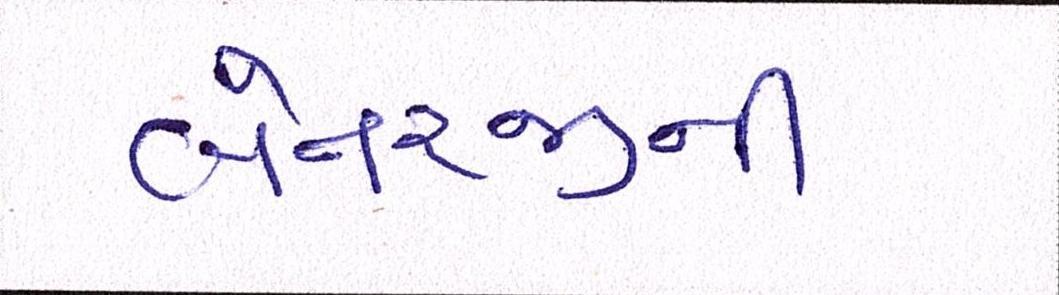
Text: બેનરજીની